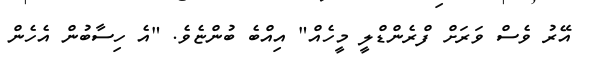
އޭރު ވެސް ވަރަށް ފްރެންޑްލީ މީހެއް" އިއްބެ ބުންޏެވެ. "އެ ހިސާބުން އެހެން